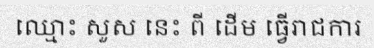
ឈ្មោះ សួស នេះ ពី ដើម ធ្វើរាជការ